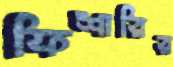
ফিশারির